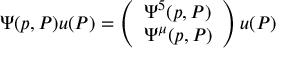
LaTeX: \Psi ( p , P ) u ( P ) = \left( \begin{array} { l } { { \Psi ^ { 5 } ( p , P ) } } \\ { { \Psi ^ { \mu } ( p , P ) } } \end{array} \right) u ( P )